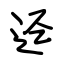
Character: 迳